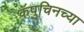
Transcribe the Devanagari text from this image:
कॅपुचिनच्या